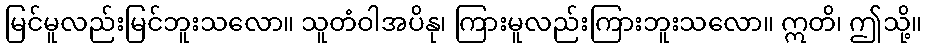
မြင်မူလည်းမြင်ဘူးသလော။ သူတံဝါအပိနု၊ ကြားမူလည်းကြားဘူးသလော။ ဣတိ၊ ဤသို့။